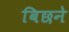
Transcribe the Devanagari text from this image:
बिछने